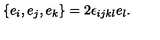
\{ e _ { i } , e _ { j } , e _ { k } \} = 2 \epsilon _ { i j k l } e _ { l } .